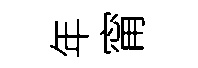
年甯